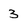
Character: 3